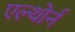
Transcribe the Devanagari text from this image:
एल्थोर्न